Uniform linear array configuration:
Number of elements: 64
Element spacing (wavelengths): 0.25
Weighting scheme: hamming
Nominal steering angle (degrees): -15
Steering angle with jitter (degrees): -16.45
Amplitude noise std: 0.05
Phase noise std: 0.05

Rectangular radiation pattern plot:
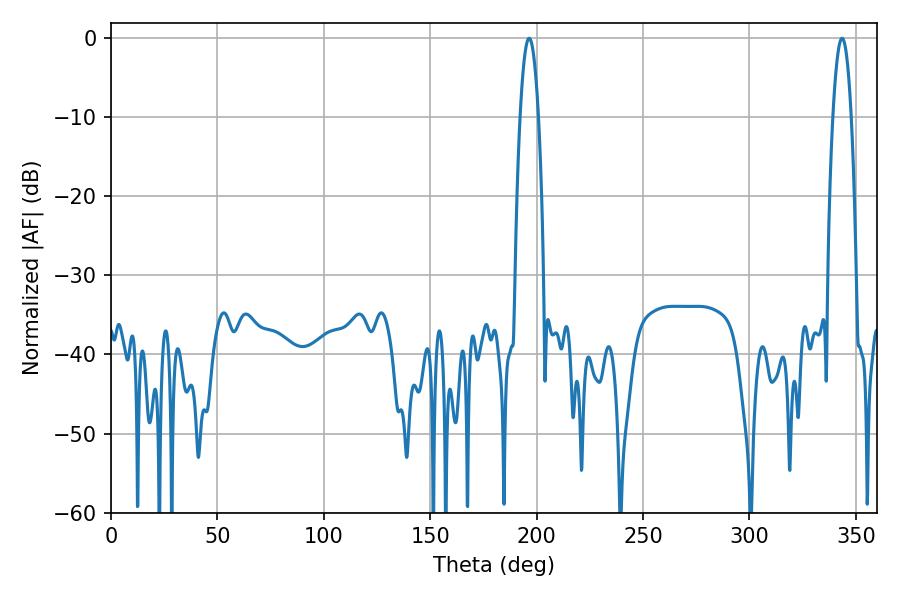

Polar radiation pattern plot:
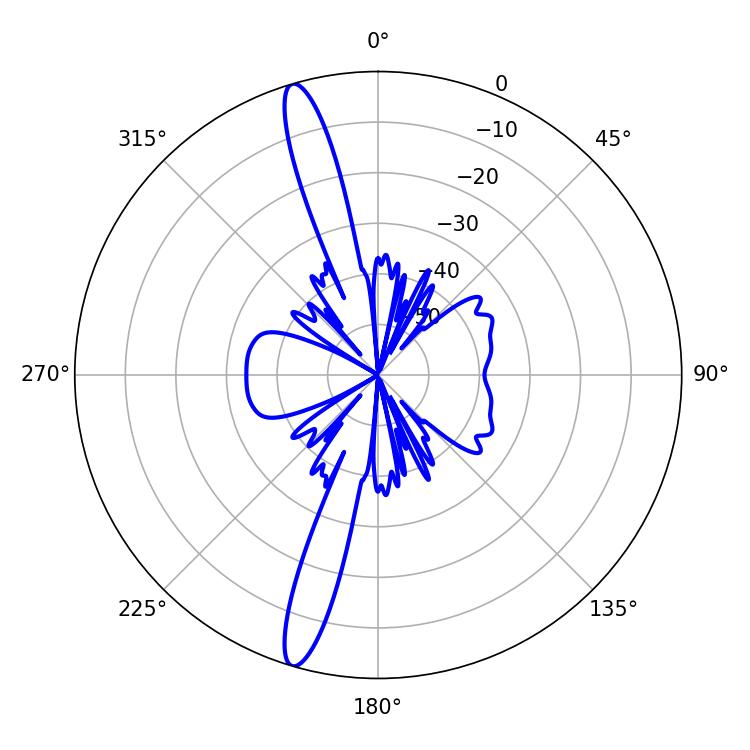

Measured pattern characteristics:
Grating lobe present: FALSE
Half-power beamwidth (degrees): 4.86
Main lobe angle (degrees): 196.56